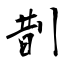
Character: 剒